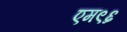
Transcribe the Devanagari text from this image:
एम९६